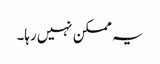
یہ ممکن نہیں رہا۔